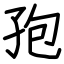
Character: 孢